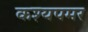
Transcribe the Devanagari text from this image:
कश्यपमर